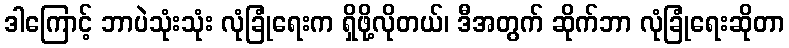
ဒါကြောင့် ဘာပဲသုံးသုံး လုံခြုံရေးက ရှိဖို့လိုတယ်၊ ဒီအတွက် ဆိုက်ဘာ လုံခြုံရေးဆိုတာ